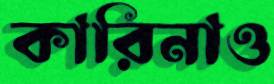
কারিনাও